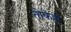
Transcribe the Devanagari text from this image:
तोकेही